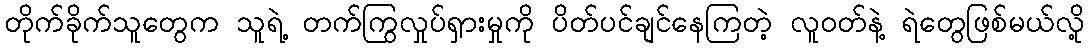
တိုက်ခိုက်သူတွေက သူရဲ့ တက်ကြွလှုပ်ရှားမှုကို ပိတ်ပင်ချင်နေကြတဲ့ လူဝတ်နဲ့ ရဲတွေဖြစ်မယ်လို့